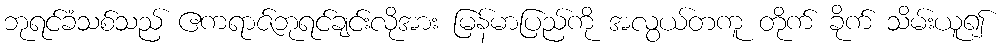
ဘုရင်ခံသစ်သည် ဧကရာဇ်ဘုရင်ချင်းလိုအား မြန်မာပြည်ကို အလွယ်တကူ တိုက် ခိုက် သိမ်းယူ၍